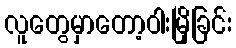
လူတွေမှာတော့ဝါးမြိုခြင်း